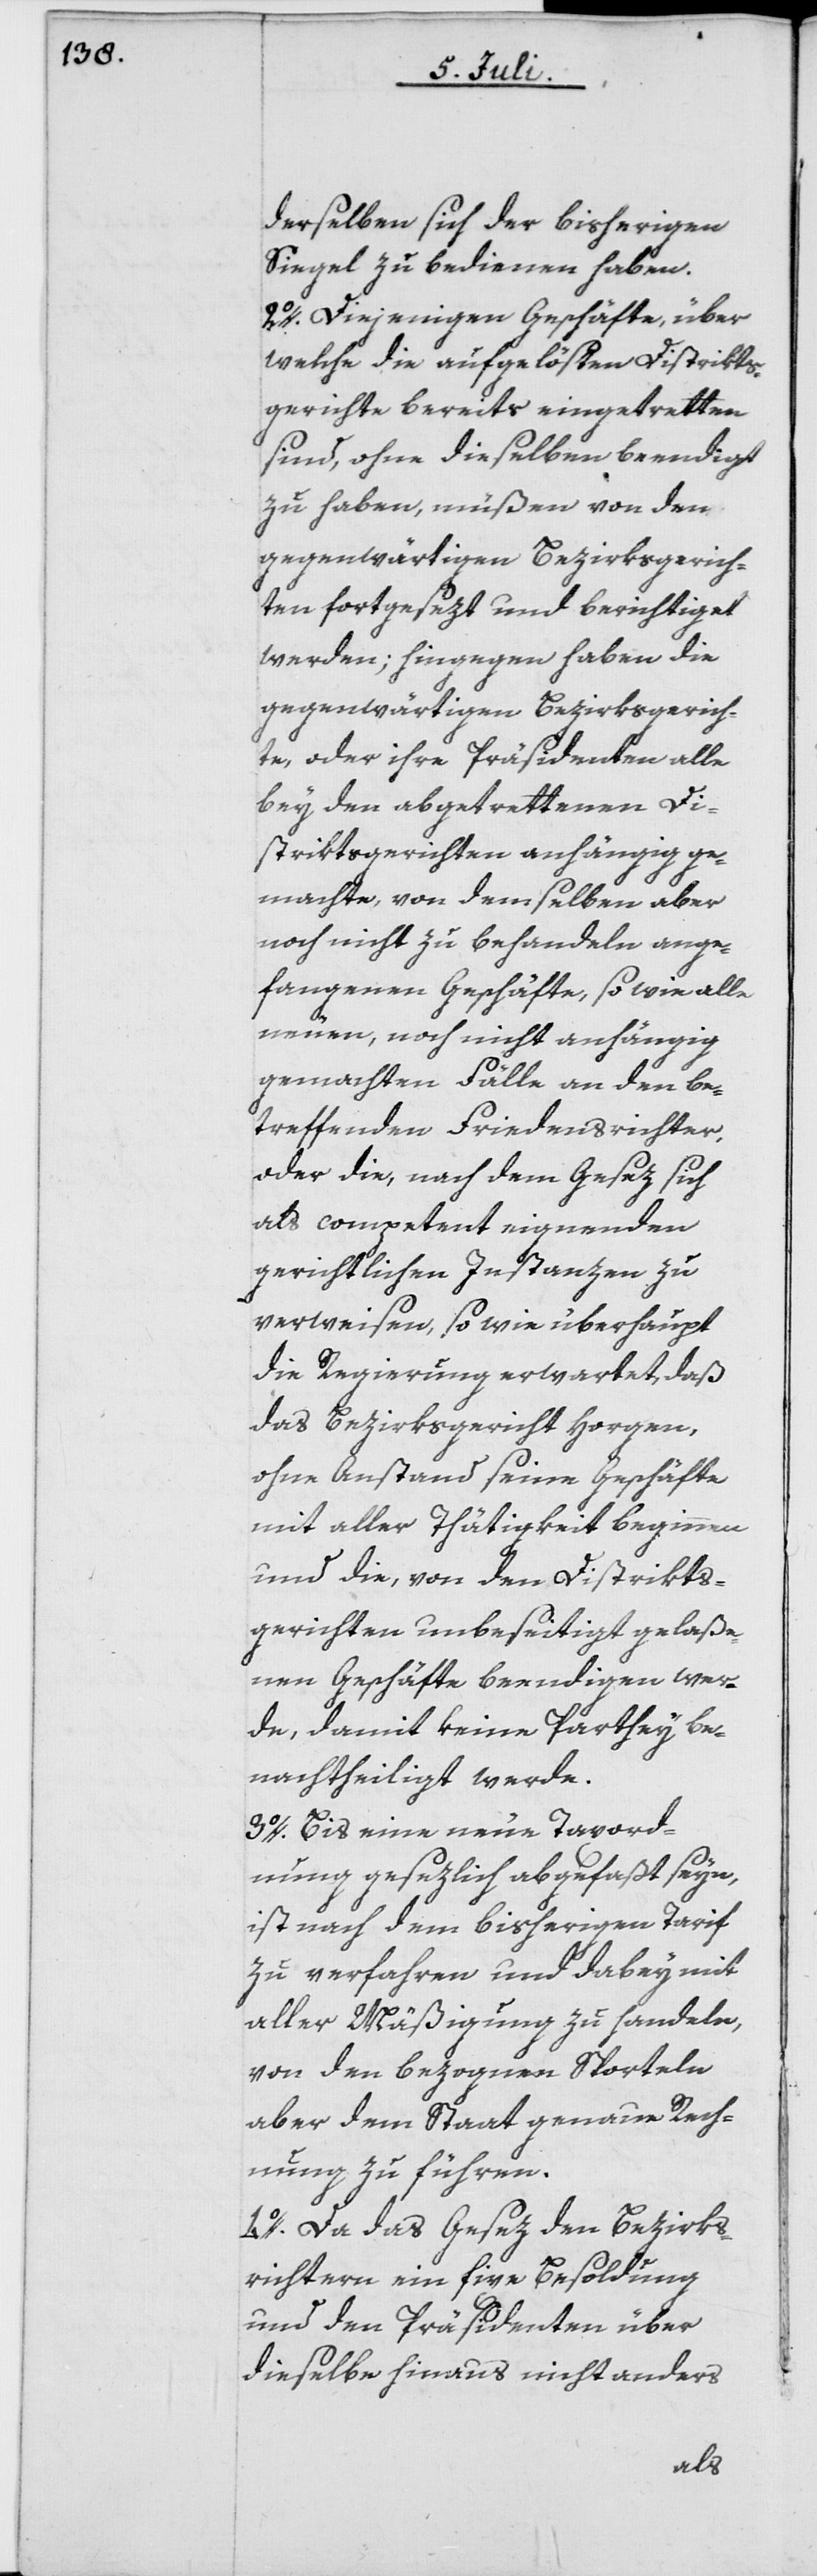
derselben sich der bisherigen
Siegel zu bedienen haben.
2o. Diejenigen Geschäfte, über
welche die aufgelösten Distrikts¬
gerichte bereits eingetretten
sind, ohne dieselben beendigt
zu haben, müßen von den
gegenwärtigen Bezirksgerich¬
ten fortgesezt und berichtiget
werden; hingegen haben die
gegenwärtigen Bezirksgerich¬
te, oder ihre Präsidenten alle
bey den abgetrettenen Di¬
striktsgerichten anhängig ge¬
machte, von demselben aber
noch nicht zu behandeln ange¬
fangenen Geschäfte, so wie alle
neuen, noch nicht anhängig
gemachten Fälle an den be¬
treffenden Friedensrichter,
oder die, nach dem Gesez sich
als competent eignenden
gerichtlichen Instanzen zu
verweisen, so wie überhaupt
die Regierung erwartet, daß
das Bezirksgericht Horgen,
ohne Anstand seine Geschäfte
mit aller Thätigkeit beginnen
und die, von den Distrikts¬
gerichten unbeseitigt gelaße¬
nen Geschäfte beendigen wer¬
de, damit keine Parthey be¬
nachtheiligt werde.
3o. Bis eine neue Taxord¬
nung gesezlich abgefaßt seye,
ist nach dem bisherigen Tarif
zu verfahren und dabey mit
aller Mäßigung zu handeln,
von den bezognen Sporteln
aber dem Staat genaue Rech¬
nungen zu führen.
4o. Da das Gesez den Bezirks¬
richtern ein[e] fixe Besoldung
und den Präsidenten über
dieselbe hinaus nicht anders